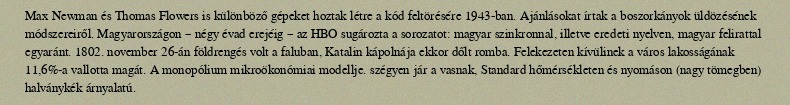
Max Newman és Thomas Flowers is különböző gépeket hoztak létre a kód feltörésére 1943-ban. Ajánlásokat írtak a boszorkányok üldözésének módszereiről. Magyarországon – négy évad erejéig – az HBO sugározta a sorozatot: magyar szinkronnal, illetve eredeti nyelven, magyar felirattal egyaránt. 1802. november 26-án földrengés volt a faluban, Katalin kápolnája ekkor dőlt romba. Felekezeten kívülinek a város lakosságának 11,6%-a vallotta magát. A monopólium mikroökonómiai modellje. szégyen jár a vasnak, Standard hőmérsékleten és nyomáson (nagy tömegben) halványkék árnyalatú.